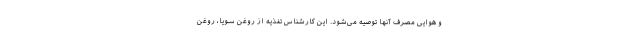
و هوایی مصرف آنها توصیه می‌شود. این کارشناس تغذیه از روغن سویا، روغن